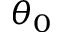
\theta _ { 0 }